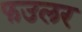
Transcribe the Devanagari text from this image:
फउलर